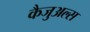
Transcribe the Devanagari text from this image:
कैजुअल्स